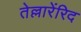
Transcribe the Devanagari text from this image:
तेल्लारेंरिद